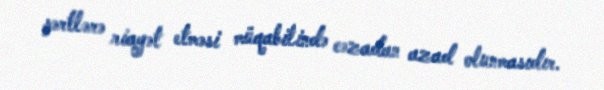
şərtlərə riayət etməsi müqabilində cəzadan azad olunmasıdır.